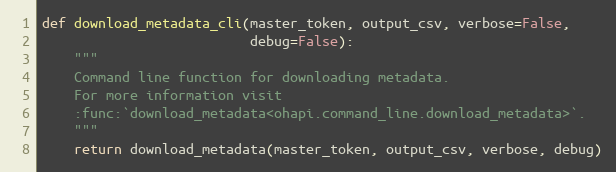
Language: Python
def download_metadata_cli(master_token, output_csv, verbose=False,
                          debug=False):
    """
    Command line function for downloading metadata.
    For more information visit
    :func:`download_metadata<ohapi.command_line.download_metadata>`.
    """
    return download_metadata(master_token, output_csv, verbose, debug)